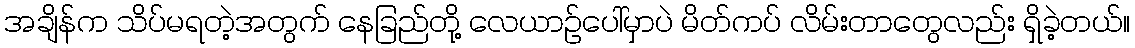
အချိန်က သိပ်မရတဲ့အတွက် နေခြည်တို့ လေယာဉ်ပေါ်မှာပဲ မိတ်ကပ် လိမ်းတာတွေလည်း ရှိခဲ့တယ်။